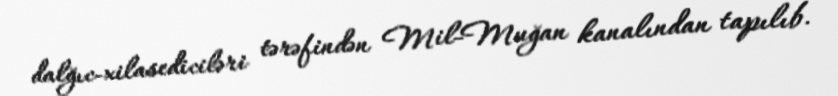
dalğıc-xilasediciləri tərəfindən Mil-Muğan kanalından tapılıb.